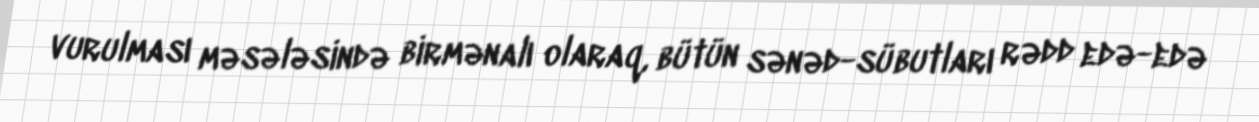
vurulması məsələsində birmənalı olaraq, bütün sənəd-sübutları rədd edə-edə